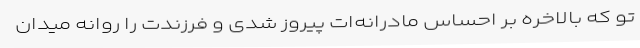
تو که بالاخره بر احساس مادرانه‌ات پیروز شدی و فرزندت را روانه میدان